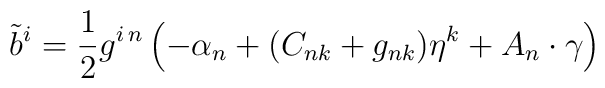
{\tilde b}^i={1\over 2} g^{i\, n} \left ( -\alpha_n +(C_{nk}+g_{nk}) \eta^k + A_n \cdot \gamma\right)